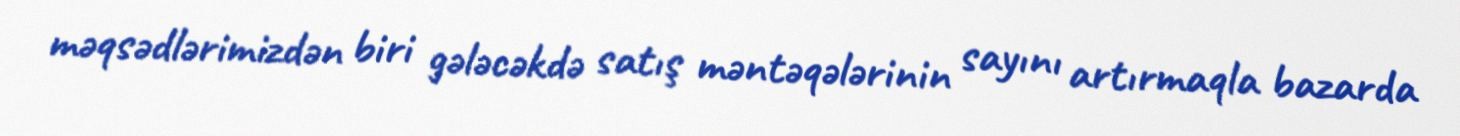
məqsədlərimizdən biri gələcəkdə satış məntəqələrinin sayını artırmaqla bazarda